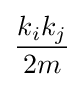
{\frac {k_{i}k_{j}}{2m}}